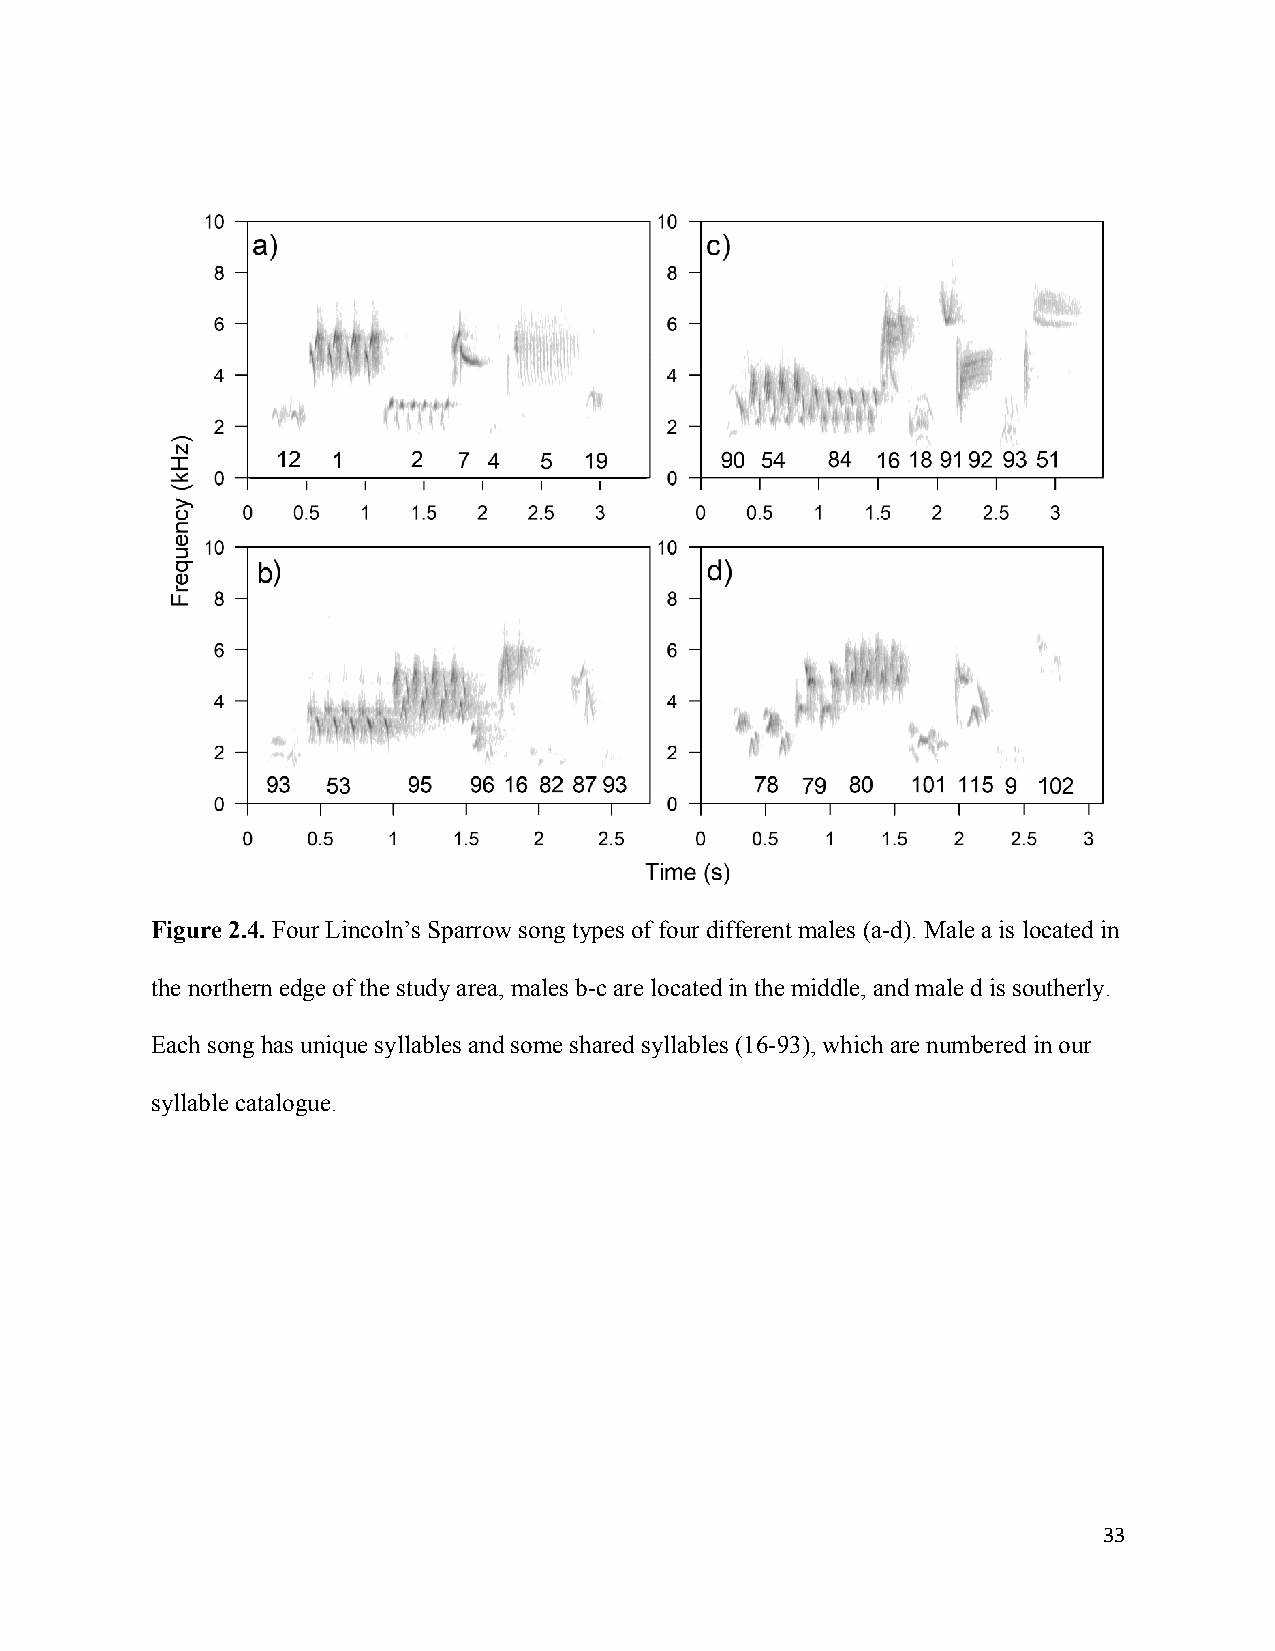
Figure 2.4. Four Lincoln’s Sparrow song types of four different males (a-d). Male a is located in
 the northern edge of the study area, males b-c are located in the middle, and male d is southerly.
 Each song has unique syllables and some shared syllables (16-93), which are numbered in our
 syllable catalogue.
 33